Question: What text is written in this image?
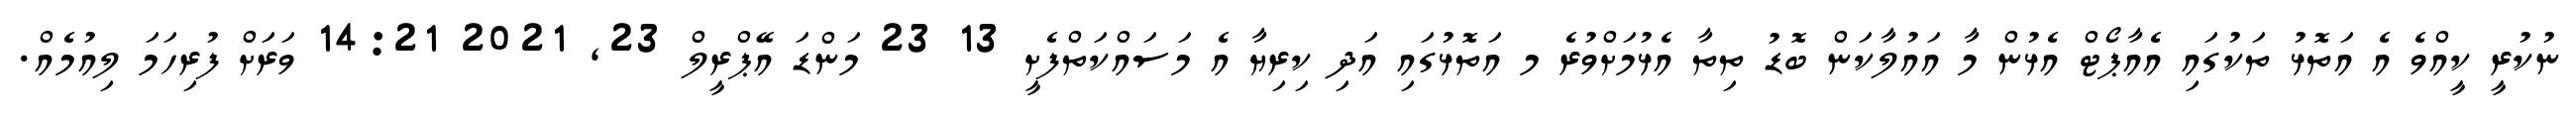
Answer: ނުކުރީ ކީއްވެ އެ އަތޮޅު ތަކުގައި އެއާޕޯޓް އެޅުން މާ އައުލާކަން ބޮޑު ތިތާ އެޅުމަށްވުރެ މ އަތޮޅުގައި އަދި ކިރިޔާ އެ މަސައްކަތްފެށީ 13 23 މަންޑަ އޭޕްރީލް 23, 2021 14:21 ވަރަށް ފުރިހަމަ ލިއުމެއް.